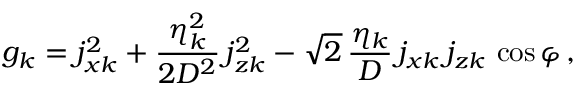
g _ { k } = j _ { x k } ^ { 2 } + \frac { \eta _ { k } ^ { 2 } } { 2 D ^ { 2 } } \, j _ { z k } ^ { 2 } - \sqrt { 2 } \, \frac { \eta _ { k } } { D } \, j _ { x k } \, j _ { z k } \, \cos \varphi \, ,